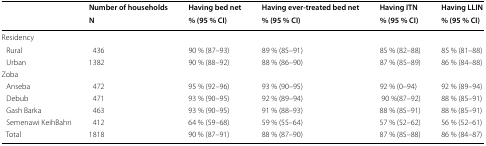
<table><thead><tr><td rowspan="2"></td><td><b>Number of households</b></td><td><b>Having bed net</b></td><td><b>Having ever-treated bed net</b></td><td><b>Having ITN</b></td><td><b>Having LLIN</b></td></tr><tr><td><b>N</b></td><td><b>% (95 % CI)</b></td><td><b>% (95 % CI)</b></td><td><b>% (95 % CI)</b></td><td><b>% (95 % CI)</b></td></tr></thead><tbody><tr><td colspan="6">Residency</td></tr><tr><td> Rural</td><td>436</td><td>90 % (87–93)</td><td>89 % (85–91)</td><td>85 % (82–88)</td><td>85 % (81–88)</td></tr><tr><td> Urban</td><td>1382</td><td>90 % (88–92)</td><td>88 % (86–90)</td><td>87 % (85–89)</td><td>86 % (84–88)</td></tr><tr><td>Zoba</td><td></td><td></td><td></td><td></td><td></td></tr><tr><td> Anseba</td><td>472</td><td>95 % (92–96)</td><td>93 % (90–95)</td><td>92 % (0–94)</td><td>92 % (89–94)</td></tr><tr><td> Debub</td><td>471</td><td>93 % (90–95)</td><td>92 % (89–94)</td><td>90 %(87–92)</td><td>88 % (85–91)</td></tr><tr><td> Gash Barka</td><td>463</td><td>93 % (90–95)</td><td>91 % (88–93)</td><td>88 % (85–91)</td><td>88 % (85–91)</td></tr><tr><td> Semenawi KeihBahri</td><td>412</td><td>64 % (59–68)</td><td>59 % (55–64)</td><td>57 % (52–62)</td><td>56 % (52–61)</td></tr><tr><td> Total</td><td>1818</td><td>90 % (87–91)</td><td>88 % (87–90)</td><td>87 % (85–88)</td><td>86 % (84–87)</td></tr></tbody></table>